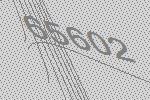
65602